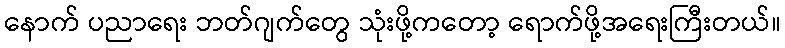
နောက် ပညာရေး ဘတ်ဂျက်တွေ သုံးဖို့ကတော့ ရောက်ဖို့အရေးကြီးတယ်။